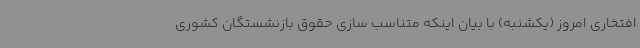
افتخاری امروز (یکشنبه) با بیان اینکه متناسب سازی حقوق بازنشستگان کشوری